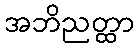
အဘိညတ္ထာ